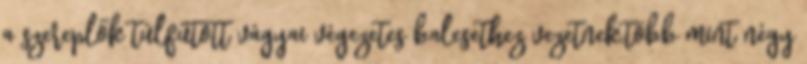
a szereplők túlfűtött vágyai végezetes balesethez vezetnek.több mint négy